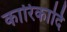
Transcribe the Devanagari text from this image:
कारिकादि